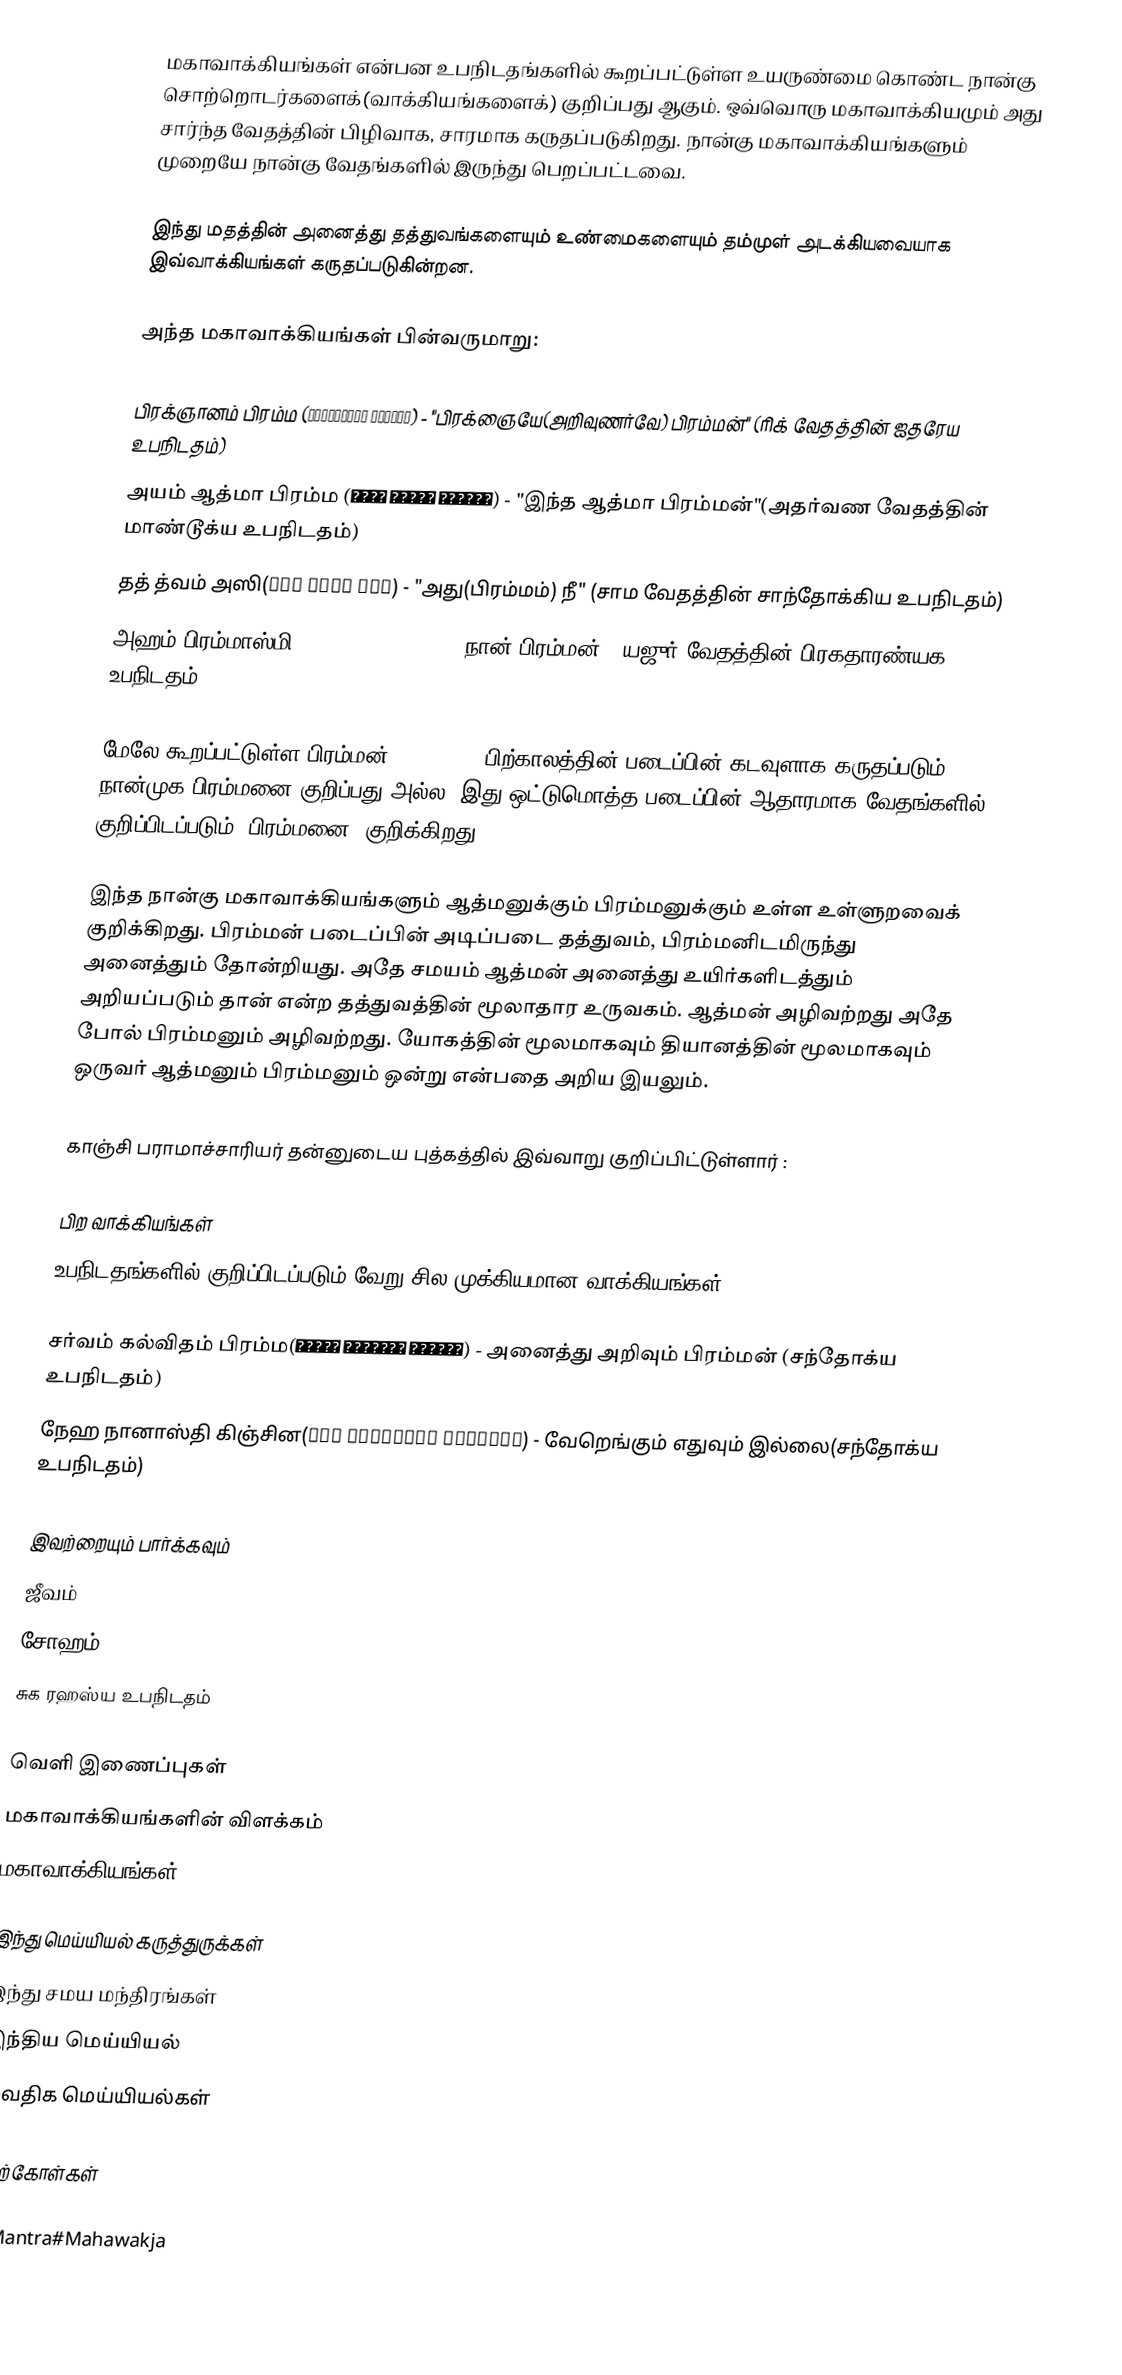
மகாவாக்கியங்கள் என்பன உபநிடதங்களில் கூறப்பட்டுள்ள உயருண்மை கொண்ட நான்கு சொற்றொடர்களைக்(வாக்கியங்களைக்) குறிப்பது ஆகும். ஒவ்வொரு மகாவாக்கியமும் அது சார்ந்த வேதத்தின் பிழிவாக, சாரமாக கருதப்படுகிறது. நான்கு மகாவாக்கியங்களும் முறையே நான்கு வேதங்களில் இருந்து பெறப்பட்டவை.

இந்து மதத்தின் அனைத்து தத்துவங்களையும் உண்மைகளையும் தம்முள் அடக்கியவையாக இவ்வாக்கியங்கள் கருதப்படுகின்றன.

அந்த மகாவாக்கியங்கள் பின்வருமாறு:

 பிரக்ஞானம் பிரம்ம (प्रज्ञानं ब्रह्म) -  "பிரக்ஞையே(அறிவுணர்வே) பிரம்மன்" (ரிக் வேதத்தின் ஐதரேய உபநிடதம்)
 அயம் ஆத்மா பிரம்ம (अयम् आत्मा ब्रह्म) - "இந்த ஆத்மா பிரம்மன்"(அதர்வண வேதத்தின் மாண்டூக்ய உபநிடதம்)
 தத் த்வம் அஸி(तत् त्वं असि) - "அது(பிரம்மம்) நீ" (சாம வேதத்தின் சாந்தோக்கிய உபநிடதம்)
 அஹம் பிரம்மாஸ்மி(अहं ब्रह्मास्मि) - "நான் பிரம்மன்" (யஜுர் வேதத்தின் பிரகதாரண்யக உபநிடதம்)

மேலே கூறப்பட்டுள்ள பிரம்மன்(ब्रह्मन्), பிற்காலத்தின் படைப்பின் கடவுளாக கருதப்படும் நான்முக பிரம்மனை குறிப்பது அல்ல. இது ஒட்டுமொத்த படைப்பின் ஆதாரமாக வேதங்களில் குறிப்பிடப்படும் 'பிரம்மனை' குறிக்கிறது

இந்த நான்கு மகாவாக்கியங்களும் ஆத்மனுக்கும் பிரம்மனுக்கும் உள்ள உள்ளுறவைக் குறிக்கிறது. பிரம்மன் படைப்பின் அடிப்படை தத்துவம், பிரம்மனிடமிருந்து அனைத்தும் தோன்றியது. அதே சமயம் ஆத்மன் அனைத்து உயிர்களிடத்தும் அறியப்படும் தான் என்ற தத்துவத்தின் மூலாதார உருவகம். ஆத்மன் அழிவற்றது அதே போல் பிரம்மனும் அழிவற்றது. யோகத்தின் மூலமாகவும் தியானத்தின் மூலமாகவும் ஒருவர் ஆத்மனும் பிரம்மனும் ஒன்று என்பதை அறிய இயலும்.

காஞ்சி பராமாச்சாரியர் தன்னுடைய புத்கத்தில் இவ்வாறு குறிப்பிட்டுள்ளார் :

பிற வாக்கியங்கள்
உபநிடதங்களில் குறிப்பிடப்படும் வேறு சில முக்கியமான வாக்கியங்கள்:

சர்வம் கல்விதம் பிரம்ம(सर्वं खल्विदं ब्रह्म) - அனைத்து அறிவும் பிரம்மன் (சந்தோக்ய உபநிடதம்)
நேஹ நானாஸ்தி கிஞ்சின(नेह नानास्ति किञ्चिन) - வேறெங்கும் எதுவும் இல்லை(சந்தோக்ய உபநிடதம்)

இவற்றையும் பார்க்கவும்
 ஜீவம்
 சோஹம்
 சுக ரஹஸ்ய உபநிடதம்

வெளி இணைப்புகள்
 மகாவாக்கியங்களின் விளக்கம்
 மகாவாக்கியங்கள்

இந்து மெய்யியல் கருத்துருக்கள்
இந்து சமய மந்திரங்கள்
இந்திய மெய்யியல்
வைதிக மெய்யியல்கள்

மேற்கோள்கள்

pl:Mantra#Mahawakja